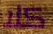
كلا